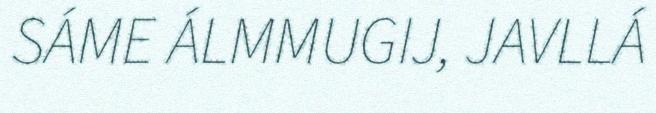
SÁME ÁLMMUGIJ, JAVLLÁ